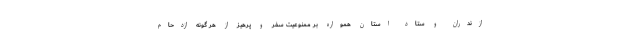
ازندران و ستاد استان همواره بر ممنوعیت سفر و پرهیز از هر گونه ازدحام